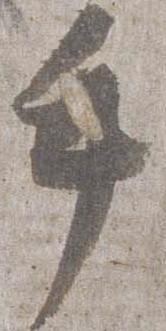
手